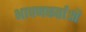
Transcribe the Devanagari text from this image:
भाषणकर्ताओं